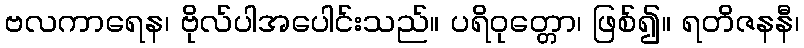
ဗလကာရေန၊ ဗိုလ်ပါအပေါင်းသည်။ ပရိဝုတ္တော၊ ဖြစ်၍။ ရတိဇနနီ၊